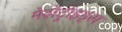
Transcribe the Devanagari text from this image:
मेसेंट्रोइड्स